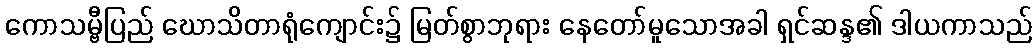
ကောသမ္ဗီပြည် ဃောသိတာရုံကျောင်း၌ မြတ်စွာဘုရား နေတော်မူသောအခါ ရှင်ဆန္ဒ၏ ဒါယကာသည်